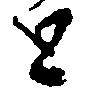
と